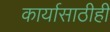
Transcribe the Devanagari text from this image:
कार्यासाठीही